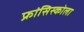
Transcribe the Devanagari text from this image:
फ्रांसिस्कोला